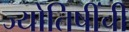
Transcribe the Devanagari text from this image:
ज्योतिषींची